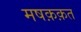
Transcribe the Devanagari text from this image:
मषक़क़त